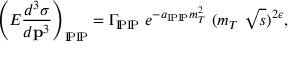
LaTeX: \left( E \frac { d ^ { 3 } \sigma } { d { \bf p } ^ { 3 } } \right) _ { \mathrm { I \! P \mathrm { I \! P } } } = \Gamma _ { \mathrm { I \! P \mathrm { I \! P } } } \ e ^ { - a _ { \mathrm { I \! P \mathrm { I \! P } } } m _ { T } ^ { 2 } } \ ( m _ { T } \ \sqrt { s } ) ^ { 2 \epsilon } ,